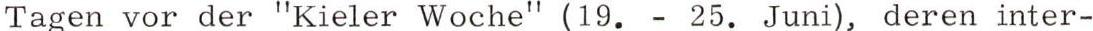
Tagen vor der "Kieler Woche" (19. - 25. Juni), deren inter-